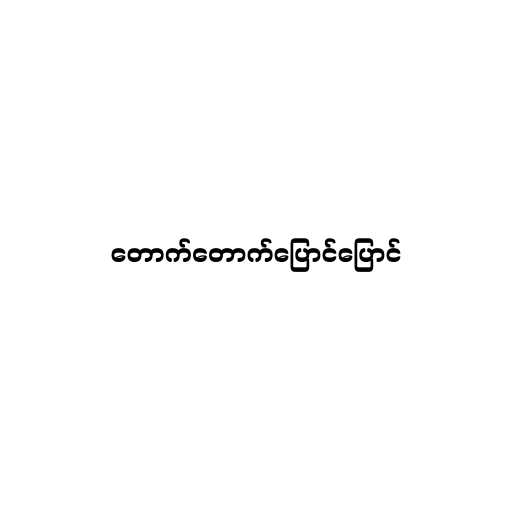
တောက်တောက်ပြောင်ပြောင်